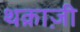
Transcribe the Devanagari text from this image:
थक़ाज़ी